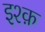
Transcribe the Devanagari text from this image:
इश्‍क़